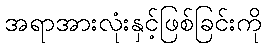
အရာအားလုံးနှင့်ဖြစ်ခြင်းကို